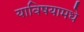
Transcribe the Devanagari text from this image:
याविषयामधे